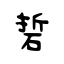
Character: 硩